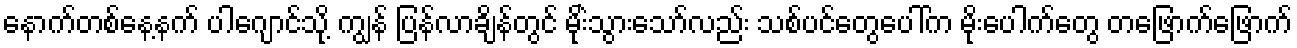
နောက်တစ်နေ့နက် ပါဂျောင်သို့ ကျွန် ပြန်လာချိန်တွင် မိုးဲသွားသော်လည်း သစ်ပင်တွေပေါ်က မိုးပေါက်တွေ တဖြောက်ဖြောက်